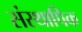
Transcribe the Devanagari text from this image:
संस्थापिक